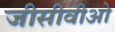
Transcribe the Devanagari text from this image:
जीसीवीओ